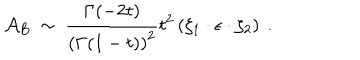
{ \cal A } _ { B } ~ \sim ~ { \frac { \Gamma ( - 2 t ) } { \left( \Gamma ( 1 - t ) \right) ^ { 2 } } } t ^ { 2 } \left( \zeta _ { 1 } \cdot \epsilon \cdot \zeta _ { 2 } \right) ~ .